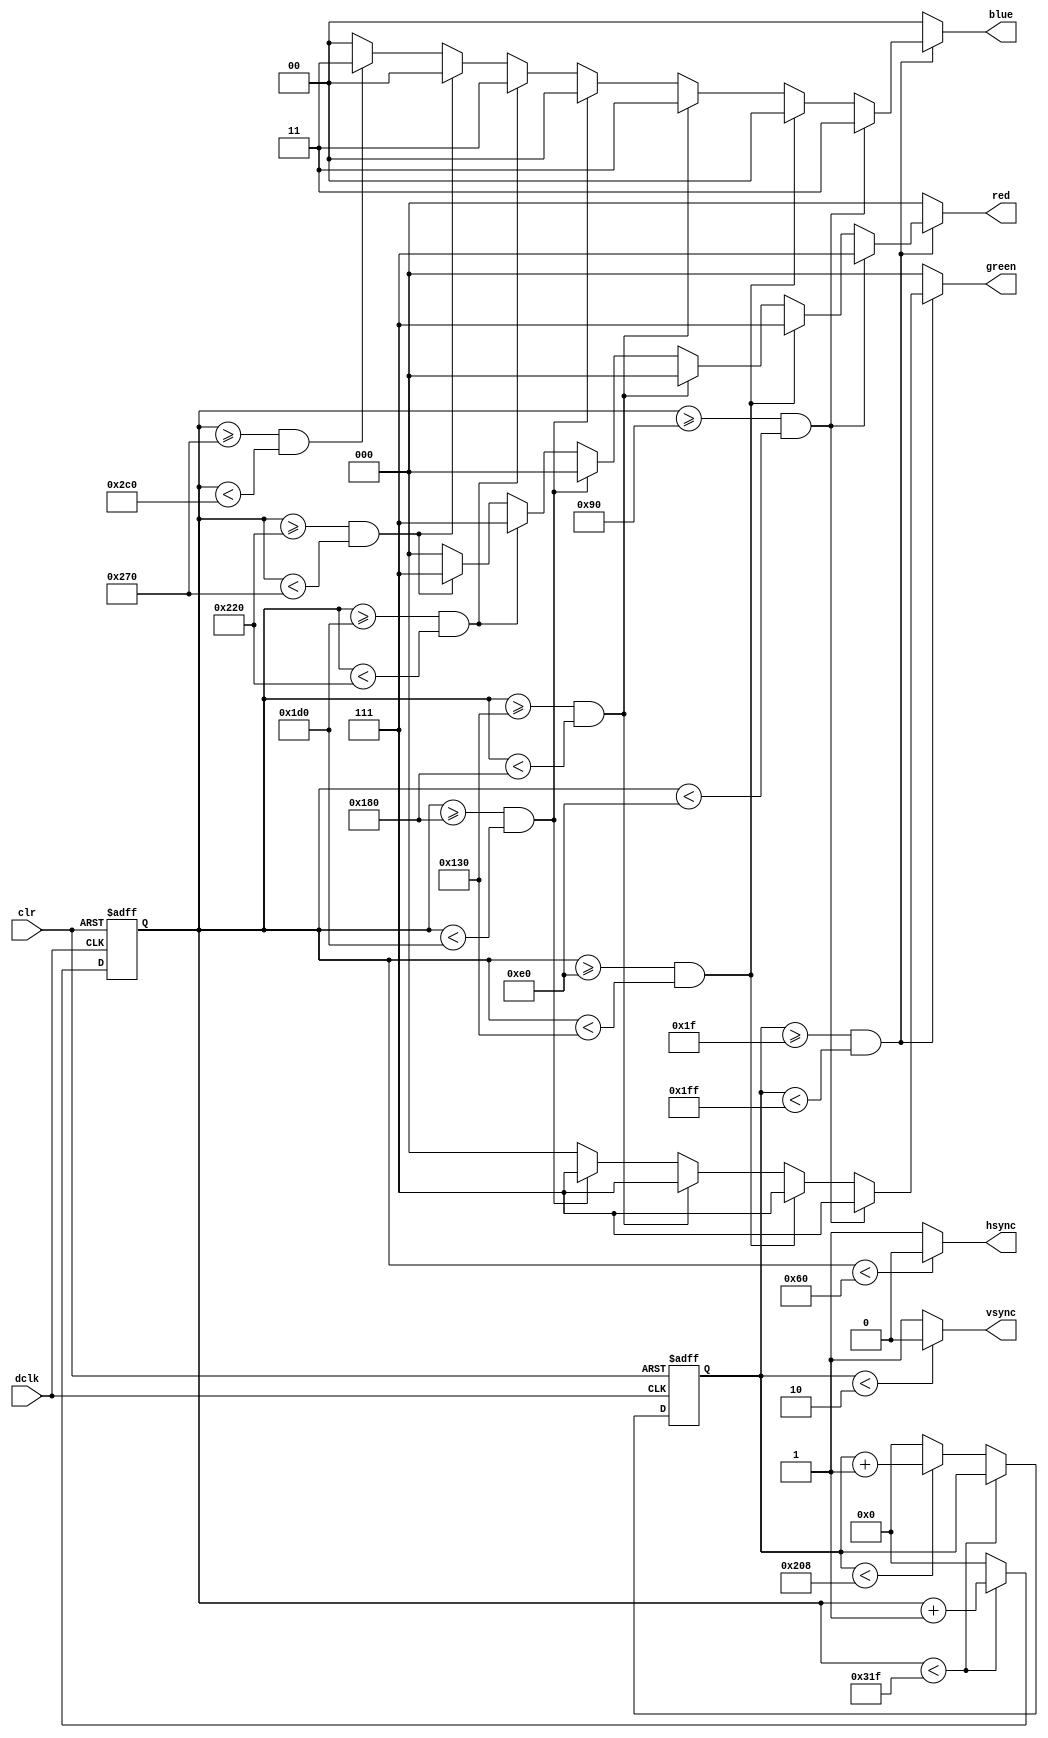
`timescale 1ns / 1ps
//////////////////////////////////////////////////////////////////////////////////
// Company: 
// Engineer: 
// 
// Design Name: 
// Module Name:    vga640x480 
// Project Name: 
// Target Devices: 
// Tool versions: 
// Description: 
//
// Dependencies: 
//
// Revision: 
// Revision 0.01 - File Created
// Additional Comments: 
//
//////////////////////////////////////////////////////////////////////////////////
module vga640x480(
	input wire dclk,			//pixel clock: 25MHz
	input wire clr,			//asynchronous reset
	output wire hsync,		//horizontal sync out
	output wire vsync,		//vertical sync out
	output reg [2:0] red,	//red vga output
	output reg [2:0] green, //green vga output
	output reg [1:0] blue	//blue vga output
	);

// video structure constants
parameter hpixels = 800;

;// horizontal pixels per line
parameter vlines = 521; // vertical lines per frame
parameter hpulse = 96; 	// hsync pulse length
parameter vpulse = 2; 	// vsync pulse length
parameter hbp = 144; 	// end of horizontal back porch
parameter hfp = 784; 	// beginning of horizontal front porch
parameter vbp = 31; 		// end of vertical back porch
parameter vfp = 511; 	// beginning of vertical front porch
// active horizontal video is therefore: 784 - 144 = 640
// active vertical video is therefore: 511 - 31 = 480

// registers for storing the horizontal & vertical counters
reg [9:0] hc;
reg [9:0] vc;

// Horizontal & vertical counters --
// this is how we keep track of where we are on the screen.
// ------------------------
// Sequential "always block", which is a block that is
// only triggered on signal transitions or "edges".
// posedge = rising edge  &  negedge = falling edge
// Assignment statements can only be used on type "reg" and need to be of the "non-blocking" type: <=
always @(posedge dclk or posedge clr)
begin
	// reset condition
	if (clr == 1)
	begin
		hc <= 0;
		vc <= 0;
	end
	else
	begin
		// keep counting until the end of the line
		if (hc < hpixels - 1)
			hc <= hc + 1;
		else
		// When we hit the end of the line, reset the horizontal
		// counter and increment the vertical counter.
		// If vertical counter is at the end of the frame, then
		// reset that one too.
		begin
			hc <= 0;
			if (vc < vlines - 1)
				vc <= vc + 1;
			else
				vc <= 0;
		end
		
	end
end

// generate sync pulses (active low)
// ----------------
// "assign" statements are a quick way to
// give values to variables of type: wire
assign hsync = (hc < hpulse) ? 0:1;
assign vsync = (vc < vpulse) ? 0:1;

// display 100% saturation colorbars
// ------------------------
// Combinational "always block", which is a block that is
// triggered when anything in the "sensitivity list" changes.
// The asterisk implies that everything that is capable of triggering the block
// is automatically included in the sensitivty list.  In this case, it would be
// equivalent to the following: always @(hc, vc)
// Assignment statements can only be used on type "reg" and should be of the "blocking" type: =
always @(*)
begin
	// first check if we're within vertical active video range
	if (vc >= vbp && vc < vfp)
	begin
		// now display different colors every 80 pixels
		// while we're within the active horizontal range
		// -----------------
		// display white bar
		if (hc >= hbp && hc < (hbp+80))
		begin
			red = 3'b111;
			green = 3'b111;
			blue = 2'b11;
		end
		// display yellow bar
		else if (hc >= (hbp+80) && hc < (hbp+160))
		begin
			red = 3'b111;
			green = 3'b111;
			blue = 2'b00;
		end
		// display cyan bar
		else if (hc >= (hbp+160) && hc < (hbp+240))
		begin
			red = 3'b000;
			green = 3'b111;
			blue = 2'b11;
		end
		// display green bar
		else if (hc >= (hbp+240) && hc < (hbp+320))
		begin
			red = 3'b000;
			green = 3'b111;
			blue = 2'b00;
		end
		// display magenta bar
		else if (hc >= (hbp+320) && hc < (hbp+400))
		begin
			red = 3'b111;
			green = 3'b000;
			blue = 2'b11;
		end
		// display red bar
		else if (hc >= (hbp+400) && hc < (hbp+480))
		begin
			red = 3'b111;
			green = 3'b000;
			blue = 2'b00;
		end
		// display blue bar
		else if (hc >= (hbp+480) && hc < (hbp+560))
		begin
			red = 3'b000;
			green = 3'b000;
			blue = 2'b11;
		end
		// display black bar
		else if (hc >= (hbp+560) && hc < (hbp+640))
		begin
			red = 3'b000;
			green = 3'b000;
			blue = 2'b00;
		end
		// we're outside active horizontal range so display black
		else
		begin
			red = 0;
			green = 0;
			blue = 0;
		end
	end
	// we're outside active vertical range so display black
	else
	begin
		red = 0;
		green = 0;
		blue = 0;
	end
end

endmodule